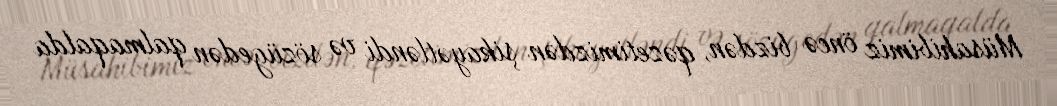
Müsahibimiz öncə bizdən, qəzetimizdən şikayətləndi və sözügedən qalmaqalda